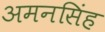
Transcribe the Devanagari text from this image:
अमनसिंह